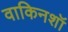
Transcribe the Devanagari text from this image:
वाकिनशॉ